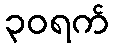
၃၀ရက်